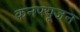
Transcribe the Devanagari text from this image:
कनफ्यूजन